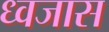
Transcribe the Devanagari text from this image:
ध्वजास